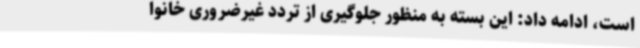
است، ادامه داد: این بسته‌ به منظور جلوگیری از تردد غیرضروری خانوا